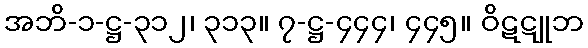
အဘိ-၁-ဋ္ဌ-၃၁၂၊ ၃၁၃။ ၇-ဋ္ဌ-၄၄၄၊ ၄၄၅။ ဝိဋဋူဘ